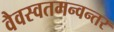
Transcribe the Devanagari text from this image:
वैवस्वतमन्वन्तर